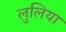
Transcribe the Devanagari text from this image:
लुलिया